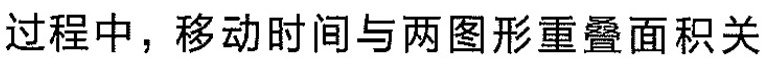
过程中，移动时间与两图形重叠面积关